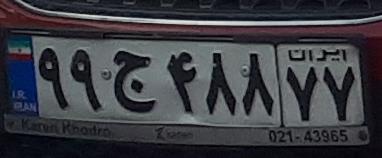
۹۹ج۴۸۸۷۷